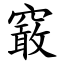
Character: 䆻